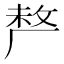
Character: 𠩺